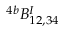
^ { 4 b } B _ { 1 2 , 3 4 } ^ { I }